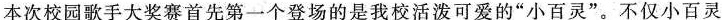
本次校园歌手大奖赛首先第一个登场的是我校活泼可爱的”小百灵”。不仅小百灵